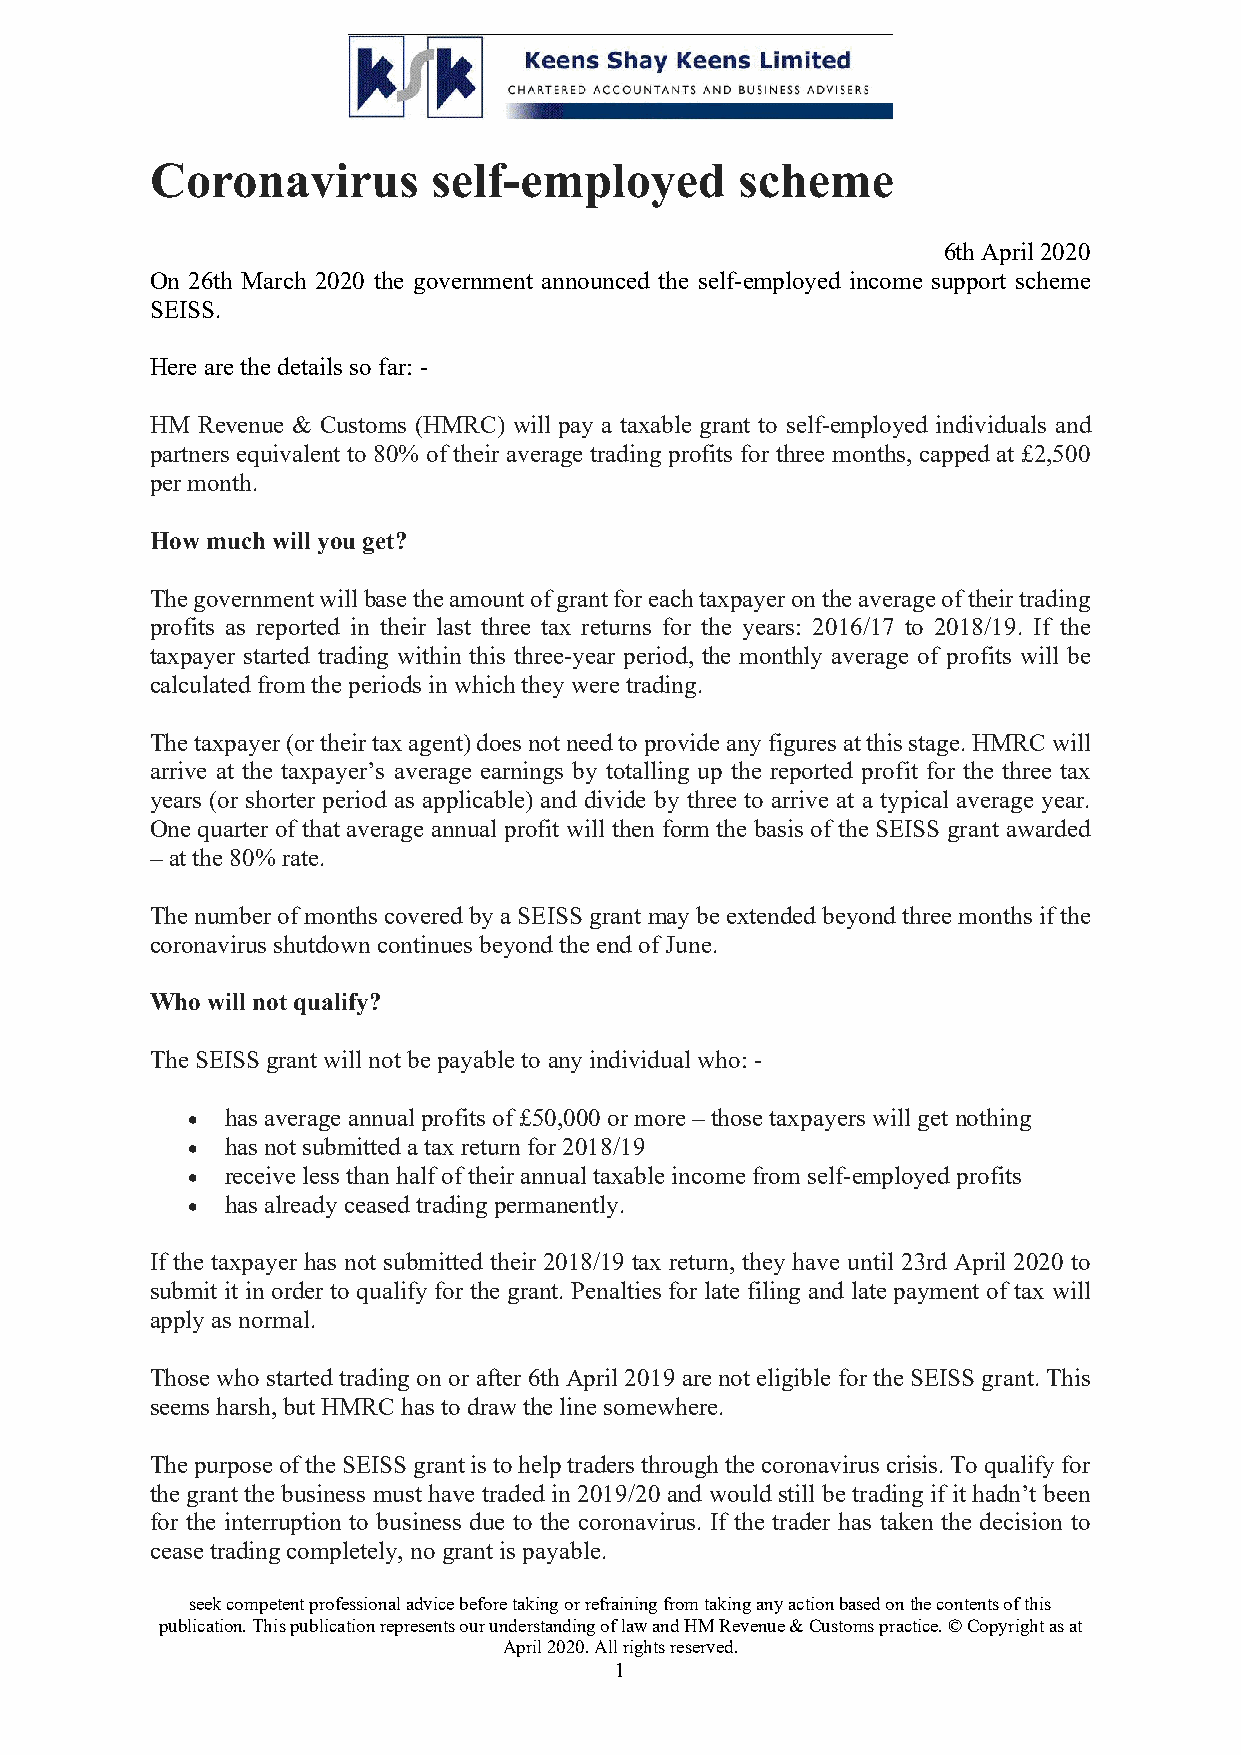
Coronavirus        self-employed       scheme
 6th April 2020
 On 26th March 2020 the government announced the self-employed income support scheme
 SEISS.
 Here are the details so far: -
 HM Revenue & Customs (HMRC) will pay a taxable grant to self-employed individuals and
 partners equivalent to 80% of their average trading profits for three months, capped at £2,500
 per month.
 How much will you get?
 The government will base the amount of grant for each taxpayer on the average of their trading
 profits as reported in their last three tax returns for the years: 2016/17 to 2018/19. If the
 taxpayer started trading within this three-year period, the monthly average of profits will be
 calculated from the periods in which they were trading.
 The taxpayer (or their tax agent) does not need to provide any figures at this stage. HMRC will
 arrive at the taxpayer’s average earnings by totalling up the reported profit for the three tax
 years (or shorter period as applicable) and divide by three to arrive at a typical average year.
 One quarter of that average annual profit will then form the basis of the SEISS grant awarded
 – at the 80% rate.
 The number of months covered by a SEISS grant may be extended beyond three months if the
 coronavirus shutdown continues beyond the end of June.
 Who will not qualify?
 The SEISS grant will not be payable to any individual who: -
 •  has average annual profits of £50,000 or more – those taxpayers will get nothing
 •  has not submitted a tax return for 2018/19
 •  receive less than half of their annual taxable income from self-employed profits
 •  has already ceased trading permanently.
 If the taxpayer has not submitted their 2018/19 tax return, they have until 23rd April 2020 to
 submit it in order to qualify for the grant. Penalties for late filing and late payment of tax will
 apply as normal.
 Those who started trading on or after 6th April 2019 are not eligible for the SEISS grant. This
 seems harsh, but HMRC has to draw the line somewhere.
 The purpose of the SEISS grant is to help traders through the coronavirus crisis. To qualify for
 the grant the business must have traded in 2019/20 and would still be trading if it hadn’t been
 for the interruption to business due to the coronavirus. If the trader has taken the decision to
 cease trading completely, no grant is payable.
 This publication is for general information and is not intended to be advice to any specific person. You are recommended to
 seek competent professional advice before taking or refraining from taking any action based on the contents of this
 publication. This publication represents our understanding of law and HM Revenue & Customs practice. © Copyright as at
 April 2020. All rights reserved.
 1